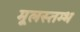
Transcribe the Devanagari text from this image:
मूलस्तम्भ